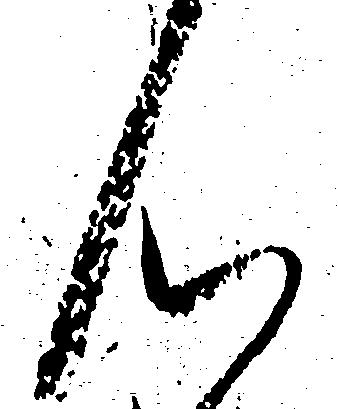
ん